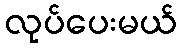
လုပ်ပေးမယ်